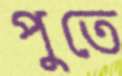
পুতে